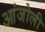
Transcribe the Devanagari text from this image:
आंजोली